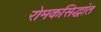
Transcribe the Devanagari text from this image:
रोमकसिद्धांत